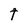
Character: t